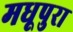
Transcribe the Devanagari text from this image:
मधूपुरा